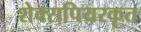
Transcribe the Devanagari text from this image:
शेक्सपियरकृत